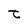
Character: t